Senior Leaving Certificate Examination (including Day School Certificate (Higher) General paper), 1947
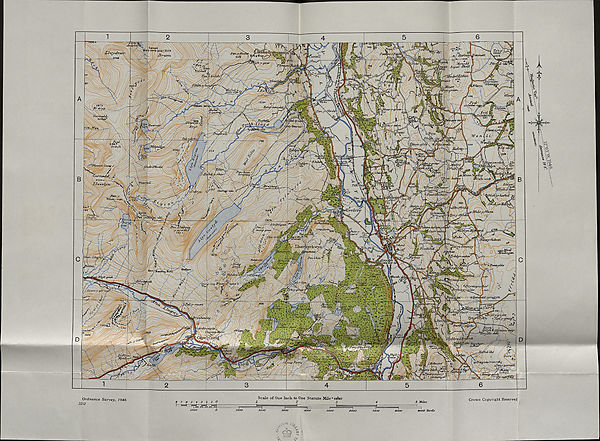
lC«TUi>
f'liinn rfiffO 8 ® 2 ! 8
Drum,
■ 1324
?ont'^
sdtvlEUhiri
Tctfl V; iM’loh
Jtfount
’yiigwictfi.
ttbcl-y-.
a ant>y :
jPen-bryn.-' brwynog j‘
Zlrt’yn-
>1917
Swdh/yrj
JAlLffY/y
Xcurvif
>S(?toal
LlanrKycli^
. ijfgnurnent.
■ R}\vd -ffoch
'Oxu'g 1770 ' Zila.cri -y'-najit y " /<s(-
N y. . JC-. z
irynyy^ynt
'tlyddjynrZt
itu' ’-' ;
irris
/iw/asL/er
Ordnance Survey, 1946
3212
Scale of One Inch, to One Statute Mile ^frrW
^
j
Crown Copyright Reserved